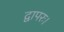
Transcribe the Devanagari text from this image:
द्वापरः।